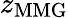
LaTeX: z_{\mathrm{MMG}}